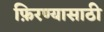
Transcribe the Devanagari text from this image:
फ़िरण्यासाठी